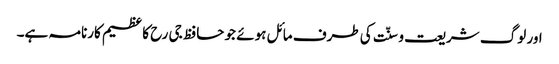
اور لوگ شریعت و سنّت کی طرف مائل ہوئے جو حافظ جی رح کا عظیم کارنامہ ہے۔